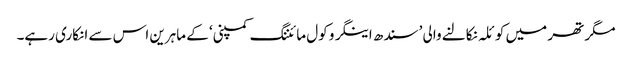
مگر تھر میں کوئلہ نکالنے والی ’سندھ اینگرو کول مائننگ کمپنی‘ کے ماہرین اس سے انکاری رہے۔